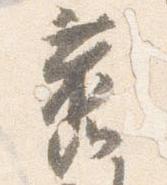
旧